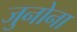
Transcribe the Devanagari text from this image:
जुनोना